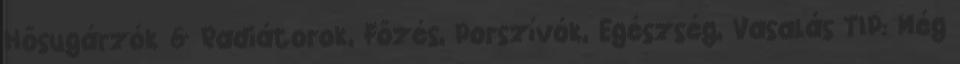
Hősugárzók & Radiátorok, Főzés, Porszívók, Egészség, Vasalás TIP: Még